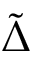
\tilde { \Delta }